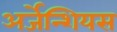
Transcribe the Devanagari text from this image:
अर्जेन्शियस